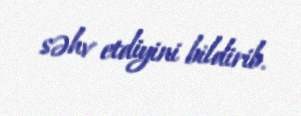
səhv etdiyini bildirib.